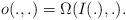
LaTeX: \begin{align*} o(.,.)=\Omega(I(.),.). \end{align*}